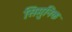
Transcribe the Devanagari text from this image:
सिमुनिक